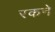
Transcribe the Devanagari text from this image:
रकने